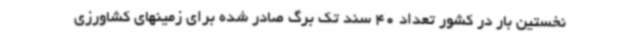
نخستین بار در کشور تعداد 40 سند تک برگ صادر شده برای زمینهای کشاورزی